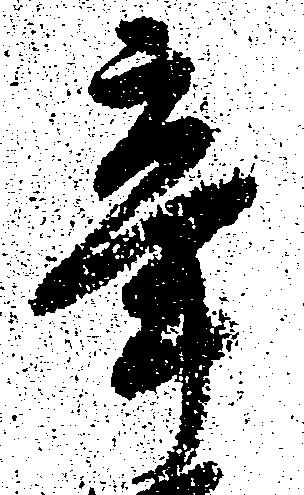
辛